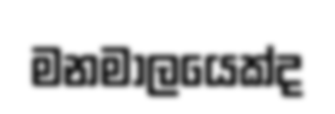
මනමාලයෙක්ද